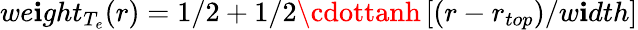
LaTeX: we\mathbf{i}ght_{T_{e}}(r)=1/2+1/2\cdottanh\left[(r-r_{top})/w\mathbf{i}dth\right]